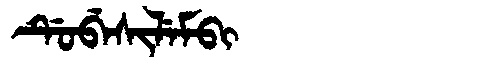
Manchu: ᡩᡠᠪᡝᠰᡳᠯᡝᠮᠪᡳ
Romanization: DUBESILEMBI